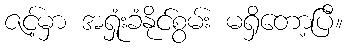
ဇင့်မှာ အရှုံးခံနိုင်စွမ်း မရှိတော့ပြီ။